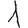
Digit: 1